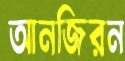
আনজিরন